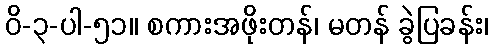
ဝိ-၃-ပါ-၅၁။ စကားအဖိုးတန်၊ မတန် ခွဲပြခန်း၊